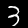
Label: 3